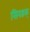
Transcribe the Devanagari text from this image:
सिरडक्